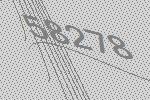
58278